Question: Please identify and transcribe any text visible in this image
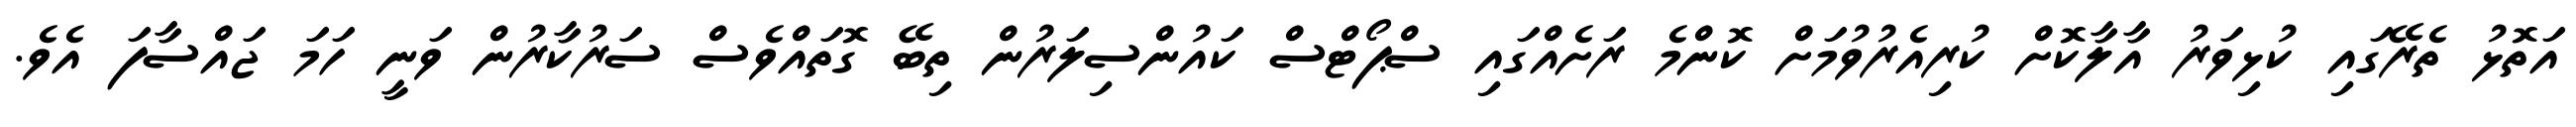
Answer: އަތޮޅު ތެރޭގައި ކުޅިވަރު އާލާކޮށް ކުރިއެރުވުމަށް ކޮންމެ ރަށެއްގައި ސްޕޯޓްސް ކައުންސިލަރުން ތިބޭ ގޮތައްވެސް ސަރުކާރުން ވަނީ ހަމަ ޖައްސާފަ އެވެ.